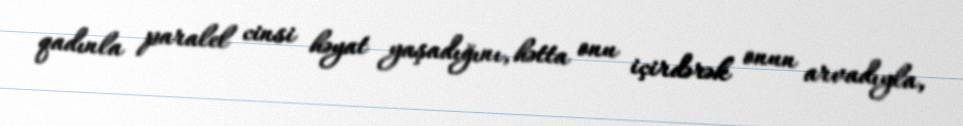
qadınla paralel cinsi həyat yaşadığını, hətta onu içirdərək onun arvadıyla,